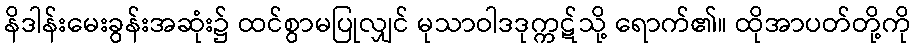
နိဒါန်းမေးခွန်းအဆုံး၌ ထင်စွာမပြုလျှင် မုသာဝါဒဒုက္ကဋ်သို့ ရောက်၏။ ထိုအာပတ်တို့ကို